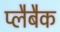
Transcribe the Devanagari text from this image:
प्लैबैक